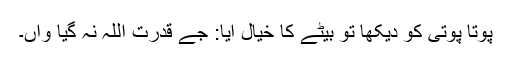
پوتا پوتی کو دیکھا تو بیٹے کا خیال آیا: جے قدرت اللہ نہ گیا واں۔